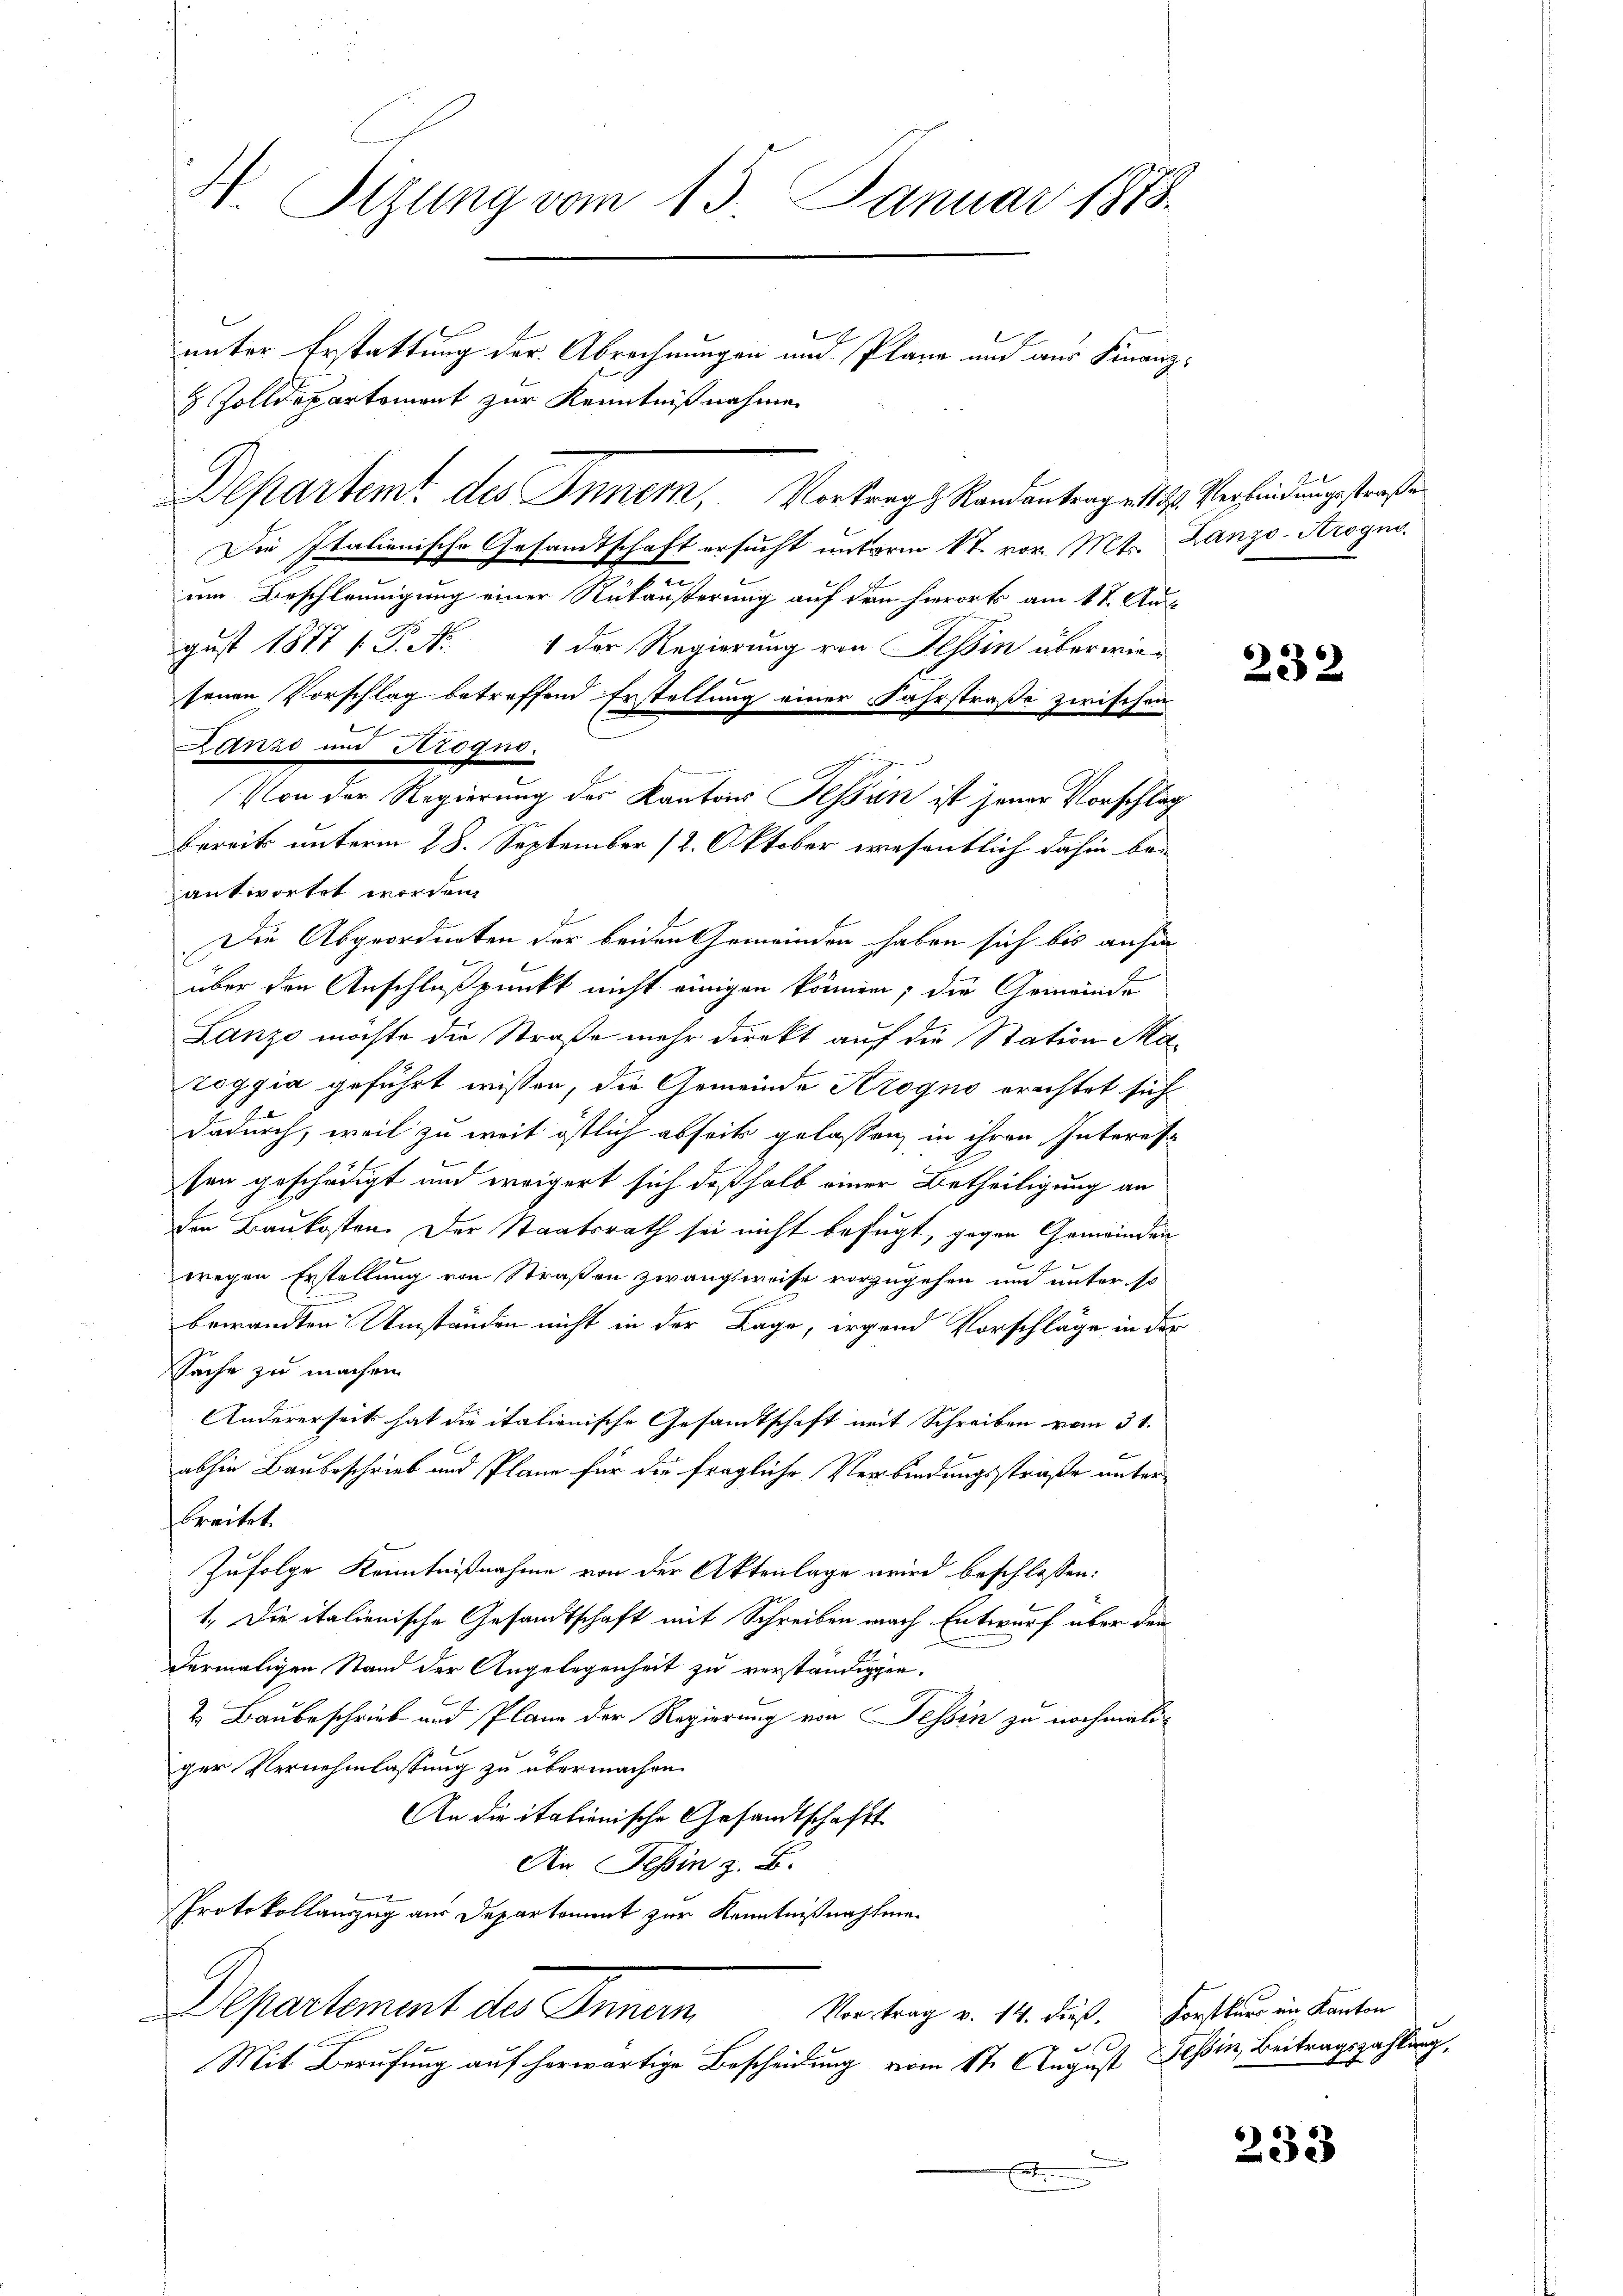
H. Tizung vom 15. Januar 1888.
unter Erstattung der Abrechnungen und Plane und aus Finanz-
 Zolldepartement zur Kenntnißnahme

Departemt des Innern, Vortrags Randantrag v. 11. 2. Verbindungsstraße
Die Italienische Gesamtschaft ersucht unterm 17. vor. Mt. Lanzo-Arognon
um Beschleunigung einer Rükäußerung auf dem hierorts am 17. August 1877 f. P. Nr. 1 der Regierung von Tessin überwiesenen Vorschlag betreffend Erstellung einer Fahrstraße zwischen
bereits unterm 28. September 12. Oktober wesentlich dahin beantwortet worden.
Die Abgeordneten der beiden Gemeinden haben sich bis anfa
über den Anschlußpunkt nicht einigen können; die Gemeinde
Lanzo möchte die Straße mehr direkt auf die Station Mazoggia geführt wissen, die Gemeinde Arogno erachtet sich
dadurch, weil zu weit östlich abseits gelassen, in ihren Interes
sen geschädigt und weigert sich deßhalb einer Betheiligung an
den Baukosten. Der Staatsrath sei nicht befugt, gegen Gemeinden
wegen Erstellung von Straßen zwangsweise vorzugehen und unter so
bewandten Umständen nicht in der Lage, irgend Vorschläge in der
Sache zu machen.
Andererseits hat die italienische Gesandtschaft mit Schreiben vom 31.
abhin Baubeschrieb und Pläne für die fragliche Verbindungsstraße unterbreitet.
Zufolge Kenntnißnahme von der Aktenlage wird beschlossen:
1. Die italienische Gesandtschaft mit Schreiben nach Entwurf über den
dermaligen Stand der Angelegenheit zu verständigen.
2. Baubeschrieb und Plane der Regierung von Tessin zu nochmaliger Vernehmlassung zu übermachen.
An die italienische Gesandtschafts
An Tessin z. B.
Protokollauszug aus Departement zur Kenntnißnahme
Departement des Innern,
Vortrag v. 14. dieß. Forstkurs im Kanton
V
Mit Berufung auf herwärtige Bescheidung vom 17. August Tessin, Beitragszahlung,
.

2
Lanze und Arogno.
Pon der Regierung des Kantons Tessin ist jener Vorschlag

232

233